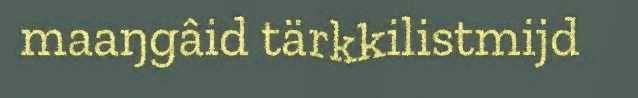
maaŋgâid tärkkilistmijd